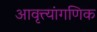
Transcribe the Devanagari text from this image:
आवृत्त्यांगणिक